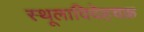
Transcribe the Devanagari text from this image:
स्थूलादिदेहचक्र